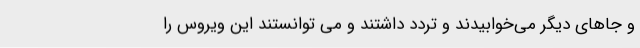
و جاهای دیگر می‌خوابیدند و تردد داشتند و می توانستند این ویروس را